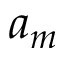
a _ { m }